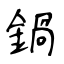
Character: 鍋